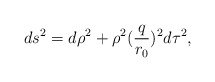
\begin{align*}ds^2 = d\rho^2 + \rho^2 (\frac{q}{r_{0}})^2 d\tau^2,\end{align*}